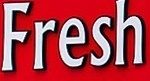
Fresh